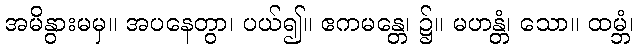
အမိနွားမမှ။ အပနေတွာ၊ ပယ်၍။ ဧကမန္တေ၊ ၌။ မဟန္တံ၊ သော။ ထမ္ဘံ၊